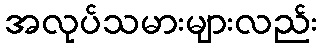
အလုပ်သမားများလည်း